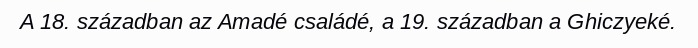
A 18. században az Amadé családé, a 19. században a Ghiczyeké.